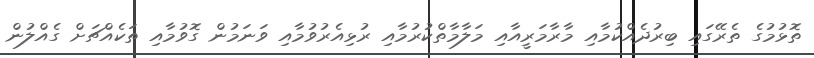
ތޮޅުމުގެ ތެރޭގައި ބިރުދެއްކުމާއި މާރާމަރީއާއި މަލާމާތްކުރުމާއި ރުޅިއެރުވުމާއި ވަނަމުން ގޮވުމާއި ތަކެއްޗަށް ގެއްލުން